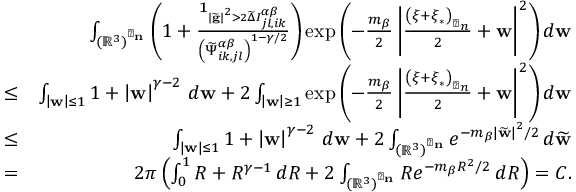
\begin{array} { r l r } & { } & { \int _ { \left( \mathbb { R } ^ { 3 } \right) ^ { \perp _ { \mathbf { n } } } } \left( 1 + \frac { \mathbf { 1 } _ { \left\vert \widetilde { \mathbf { g } } \right\vert ^ { 2 } > 2 \widetilde { \Delta } I _ { j l , i k } ^ { \alpha \beta } } } { \left( \widetilde { \Psi } _ { i k , j l } ^ { \alpha \beta } \right) ^ { 1 - \gamma / 2 } } \right) \exp \left( - \frac { m _ { \beta } } { 2 } \left\vert \frac { \left( \boldsymbol { \xi + \xi } _ { \ast } \right) _ { \perp _ { \boldsymbol { n } } } } { 2 } + \mathbf { w } \right\vert ^ { 2 } \right) d \mathbf { w } } \\ & { \leq } & { \int _ { \left\vert \mathbf { w } \right\vert \leq 1 } 1 + \left\vert \mathbf { w } \right\vert ^ { \gamma - 2 } \, d \mathbf { w } + 2 \int _ { \left\vert \mathbf { w } \right\vert \geq 1 } \exp \left( - \frac { m _ { \beta } } { 2 } \left\vert \frac { \left( \boldsymbol { \xi + \xi } _ { \ast } \right) _ { \perp _ { \boldsymbol { n } } } } { 2 } + \mathbf { w } \right\vert ^ { 2 } \right) d \mathbf { w } } \\ & { \leq } & { \int _ { \left\vert \mathbf { w } \right\vert \leq 1 } 1 + \left\vert \mathbf { w } \right\vert ^ { \gamma - 2 } \, d \mathbf { w } + 2 \int _ { \left( \mathbb { R } ^ { 3 } \right) ^ { \perp _ { \mathbf { n } } } } e ^ { - m _ { \beta } \left\vert \widetilde { \mathbf { w } } \right\vert ^ { 2 } / 2 } \, d \widetilde { \mathbf { w } } } \\ & { = } & { 2 \pi \left( \int _ { 0 } ^ { 1 } R + R ^ { \gamma - 1 } \, d R + 2 \int _ { \left( \mathbb { R } ^ { 3 } \right) ^ { \perp _ { \mathbf { n } } } } R e ^ { - m _ { \beta } R ^ { 2 } / 2 } \, d R \right) = C \mathrm { . } } \end{array}